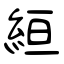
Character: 絙